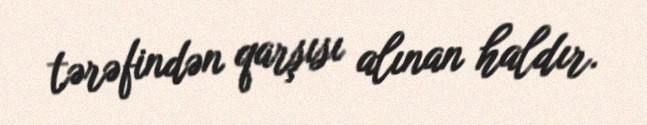
tərəfindən qarşısı alınan haldır.